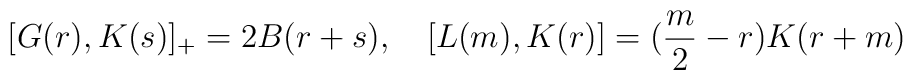
[G(r),K(s)]_+ = 2B(r+s),\quad [L(m),K(r)] = (\frac{m}{2} - r)K(r+m)